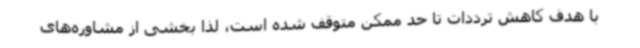
با هدف کاهش ترددات تا حد ممکن متوقف شده است، لذا بخشی از مشاوره‌های